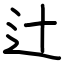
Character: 辻